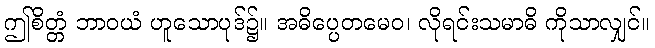
ဤစိတ္တံ ဘာဝယံ ဟူသောပုဒ်၌။ အဓိပ္ပေတမေဝ၊ လိုရင်းသမာဓိ ကိုသာလျှင်။